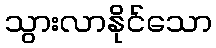
သွားလာနိုင်သော